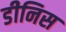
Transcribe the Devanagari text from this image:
डीनिस